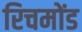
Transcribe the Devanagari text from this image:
रिचमोंड